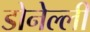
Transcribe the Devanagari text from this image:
डोनेल्ली